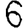
Digit: 6